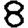
Digit: 8